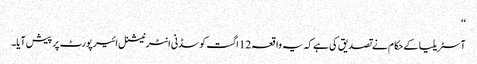
‘‘
آسٹریلیا کے حکام نے تصدیق کی ہے کہ یہ واقعہ 12 اگست کو سڈنی انٹرنیشنل ائیرپورٹ پر پیش آیا۔